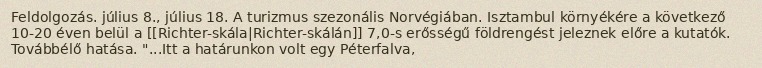
Feldolgozás. július 8., július 18. A turizmus szezonális Norvégiában. Isztambul környékére a következő 10-20 éven belül a [[Richter-skála|Richter-skálán]] 7,0-s erősségű földrengést jeleznek előre a kutatók. Továbbélő hatása. "...Itt a határunkon volt egy Péterfalva,